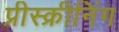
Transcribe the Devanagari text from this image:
प्रीस्क्रीनिंग